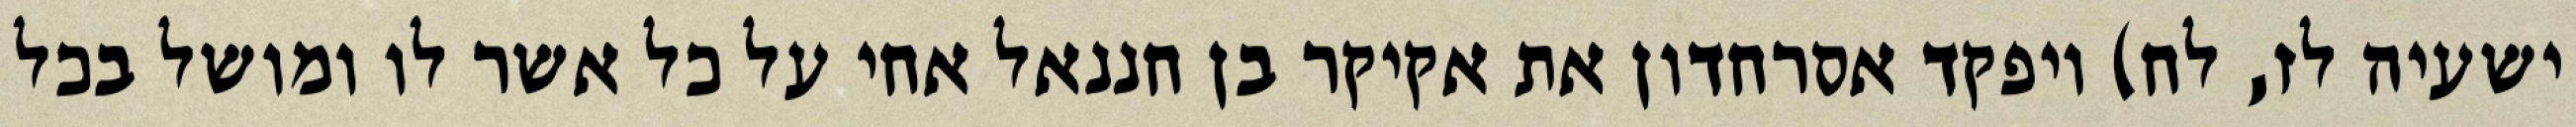
ישעיה לז, לח) ויפקד אסרחדון את אקיקר בן חננאל אחי על כל אשר לו ומושל בכל